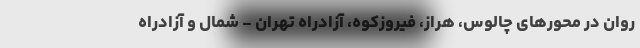
روان در محورهای چالوس، هراز، فیروزکوه، آزادراه تهران - شمال و آزادراه